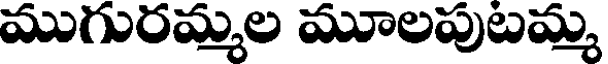
ముగురమ్మల మూలపుబమ్మ